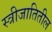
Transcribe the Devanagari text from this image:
स्त्रीजातितील